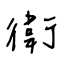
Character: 衛